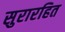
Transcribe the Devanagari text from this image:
सुरारहित